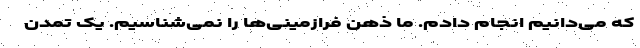
که می‌دانیم انجام دادم. ما ذهن فرازمینی‌ها را نمی‌شناسیم. یک تمدن